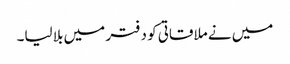
میں نے ملاقاتی کو دفتر میں بلا لیا۔